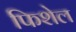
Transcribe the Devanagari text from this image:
फिशेल